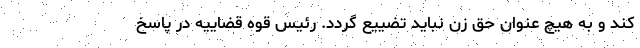
کند و به هیچ عنوان حق زن نباید تضییع گردد. رئیس قوه قضاییه در پاسخ